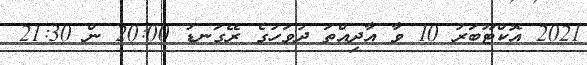
2021 އޮކްޓޫބަރު 10 ވާ އާދިއްތަ ދުވަހުގެ ރޭގަނޑު 20:00 ން 21:30